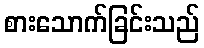
စားသောက်ခြင်းသည်